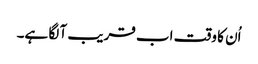
اُن کا وقت اب قریب آ لگا ہے۔